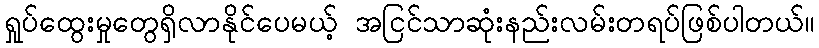
ရှုပ်ထွေးမှုတွေရှိလာနိုင်ပေမယ့် အငြင်သာဆုံးနည်းလမ်းတရပ်ဖြစ်ပါတယ်။